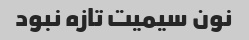
نون سیمیت تازه نبود